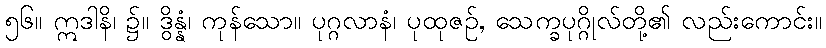
၅၆။ ဣဒါနိ၊ ၌။ ဒွိန္နံ၊ ကုန်သော။ ပုဂ္ဂလာနံ၊ ပုထုဇဉ်, သေက္ခပုဂ္ဂိုလ်တို့၏ လည်းကောင်း။